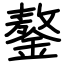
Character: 鏊